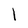
Character: I